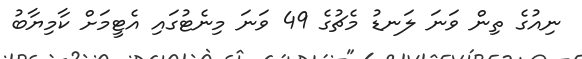
ނިއުގެ ތިން ވަނަ ލަނޑު މެޗުގެ 49 ވަނަ މިނެޓުގައި އެޓީމަށް ކާމިޔާބު